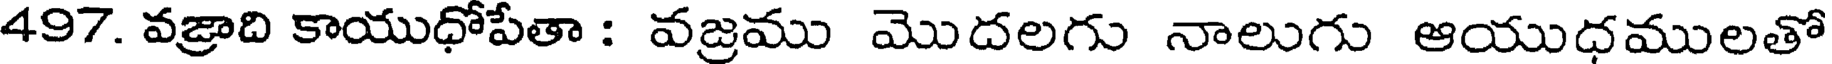
497. వజ్రాది కాయుధోపేతా : వజ్రము మొదలగు నాలుగు ఆయుధములతో